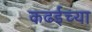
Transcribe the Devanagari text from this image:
कढईच्या